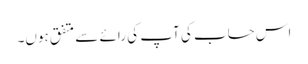
اس حساب کی آپ کی رائے سے متفق ہوں۔